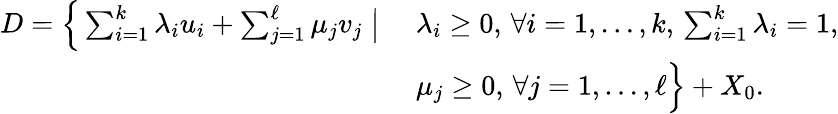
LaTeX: \begin{array}{r}{\begin{array}{ll}{D=\Big\{ \sum_{i=1}^{k}\lambda_{i}u_{i}+\sum_{j=1}^{\ell}\mu_{j}v_{j}\; \big|\; }&{\lambda_{i}\geq 0,\, \forall i=1,\ldots,k,\, \sum_{i=1}^{k}\lambda_{i}=1,}\\ &{\mu_{j}\geq 0,\, \forall j=1,\ldots,\ell\Big\} +X_{0}.}\end{array}}\end{array}